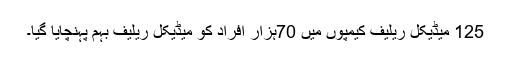
125 میڈیکل ریلیف کیمپوں میں 70ہزار افراد کو میڈیکل ریلیف بہم پہنچایا گیا۔